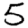
Digit: 5